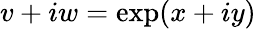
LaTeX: v+iw=\exp(x+iy)